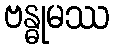
ဗန္ဓုမဿ